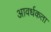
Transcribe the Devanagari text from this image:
आवर्धकता